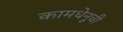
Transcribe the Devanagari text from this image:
कामधेनूची